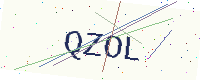
Text: QZOL